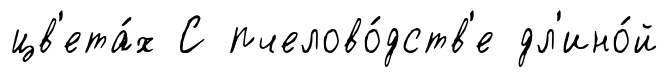
цв'ета́х С пчелово́дств'е дл'ино́й